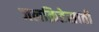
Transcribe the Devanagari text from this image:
जलक्रिडेसाठी